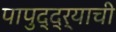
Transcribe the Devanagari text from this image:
पापुद्द्र्याची